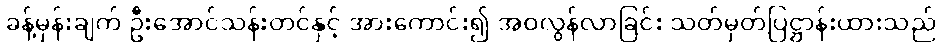
ခန့်မှန်းချက် ဦးအောင်သန်းတင်နှင့် အားကောင်း၍ အဝလွန်လာခြင်း သတ်မှတ်ပြဋ္ဌာန်းထားသည်